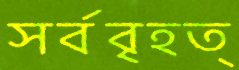
সর্ববৃহত্